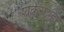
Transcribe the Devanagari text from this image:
शर्करावती